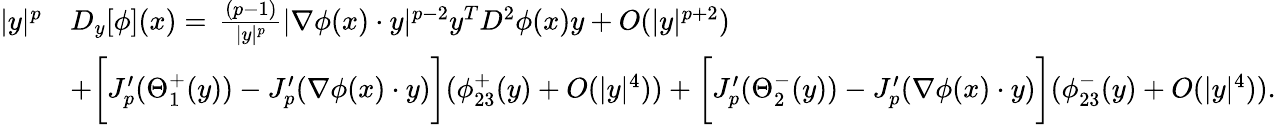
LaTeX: \begin{array}{rl}{|y|^{p}}&{D_{y}[\phi](x)=\, \frac{(p-1)}{|y|^{p}}|\nabla\phi(x)\cdot y|^{p-2}y^{T}D^{2}\phi(x)y+O(|y|^{p+2})}\\ &{+\bigg[J_{p}^{\prime}(\Theta_{1}^{+}(y))-J_{p}^{\prime}(\nabla\phi(x)\cdot y)\bigg](\phi_{23}^{+}(y)+O(|y|^{4}))+\bigg[J_{p}^{\prime}(\Theta_{2}^{-}(y))-J_{p}^{\prime}(\nabla\phi(x)\cdot y)\bigg](\phi_{23}^{-}(y)+O(|y|^{4})).}\end{array}